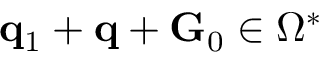
\mathbf { q } _ { 1 } + \mathbf { q } + \mathbf { G } _ { 0 } \in \Omega ^ { * }